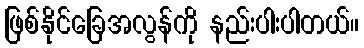
ဖြစ်နိုင်ခြေအလွန်ကို နည်းပါးပါတယ်။